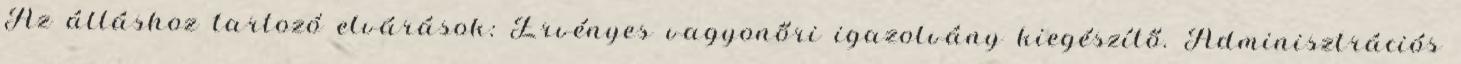
Az álláshoz tartozó elvárások: Érvényes vagyonőri igazolvány kiegészítő. Adminisztrációs